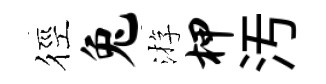
徑兔㳺柙汚